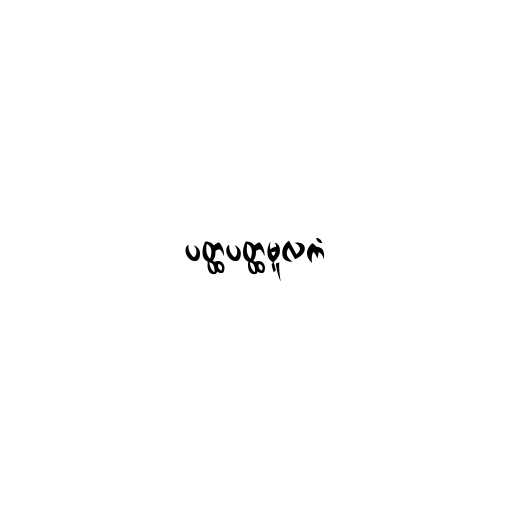
ပတ္ထပတ္ထမူလကံ